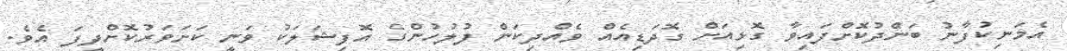
އެމަނިކުފާނު ބަންދުކޮށްފައިވާ ގޮޅިއަށް ގޮދަޑިއެއް ވެއްދިކަން ފުލުހުންގެ އޮފިޝަލަކު ވަނީ ކަށަވަރުކޮށްދީފަ އެވެ.